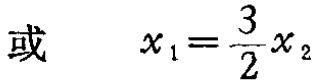
或 \(\quad x_{1}=\frac{3}{2}x_{2}\)